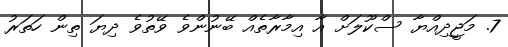
7. މަޖީދިއްޔާ ސްކޫލަށް އާ އިމާރާތެއް ބޭނުންވެ ވޭތުވެ ދިޔަ ތިން ހަތަރު